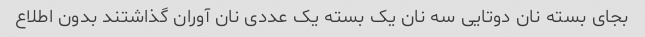
بجای بسته نان دوتایی سه نان یک بسته یک عددی نان آوران گذاشتند بدون اطلاع